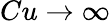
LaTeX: Cu\to\infty